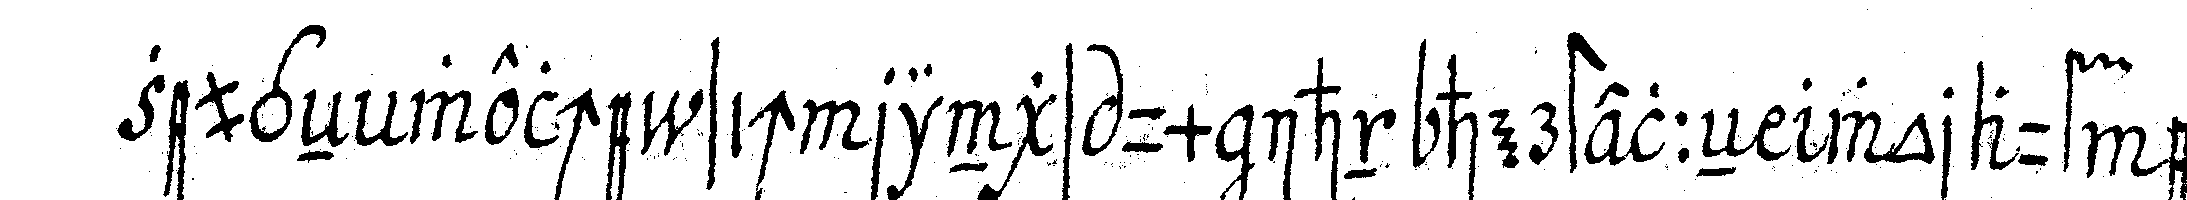
zeugeN welche sich rings um ihn herstelleN worauf er